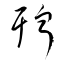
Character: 聹